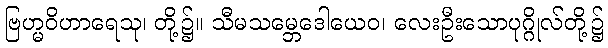
ဗြဟ္မဝိဟာရေသု၊ တို့၌။ သီမသမ္ဘေဒေါယေဝ၊ လေးဦးသောပုဂ္ဂိုလ်တို့၌